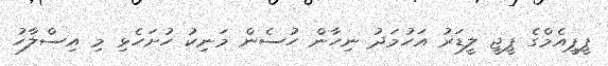
ޕީޕީއެމްގެ ޕީޖީ ލީޑަރު އަހުމަދު ނިހާން ހުސެން މަނިކު ހުށަހެޅި މި އިސްލާހު